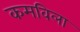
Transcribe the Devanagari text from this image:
कमविला